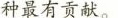
种最有贡献。